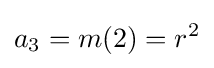
a_{3}=m(2)=r^{2}